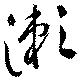
瀬